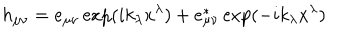
h _ { \mu \nu } = e _ { \mu \nu } \exp ( i k _ { \lambda } x ^ { \lambda } ) + e _ { \mu \nu } ^ { * } \exp ( - i k _ { \lambda } x ^ { \lambda } )